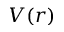
V ( r )